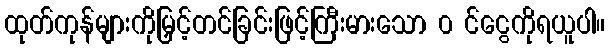
ထုတ်ကုန်များကိုမြှင့်တင်ခြင်းဖြင့်ကြီးမားသော ၀ င်ငွေကိုရယူပါ။